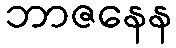
ဘာဇနေန